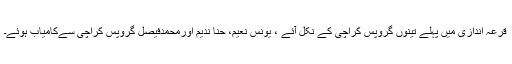
قرعہ اندازی میں پہلے تینوں گروپس کراچی کے نکل آئے ، یونس نعیم، حنا ندیم اورمحمدفیصل گروپس کراچی سےکامیاب ہوئے۔